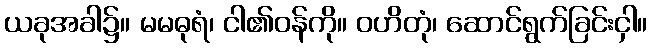
ယခုအခါ၌။ မမဓုရံ၊ ငါ၏ဝန်ကို။ ဝဟိတုံ၊ ဆောင်ရွက်ခြင်းငှါ။